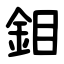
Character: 鉬